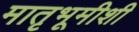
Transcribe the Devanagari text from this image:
मातृभूमीशी